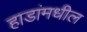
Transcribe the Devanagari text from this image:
हाडांमधील